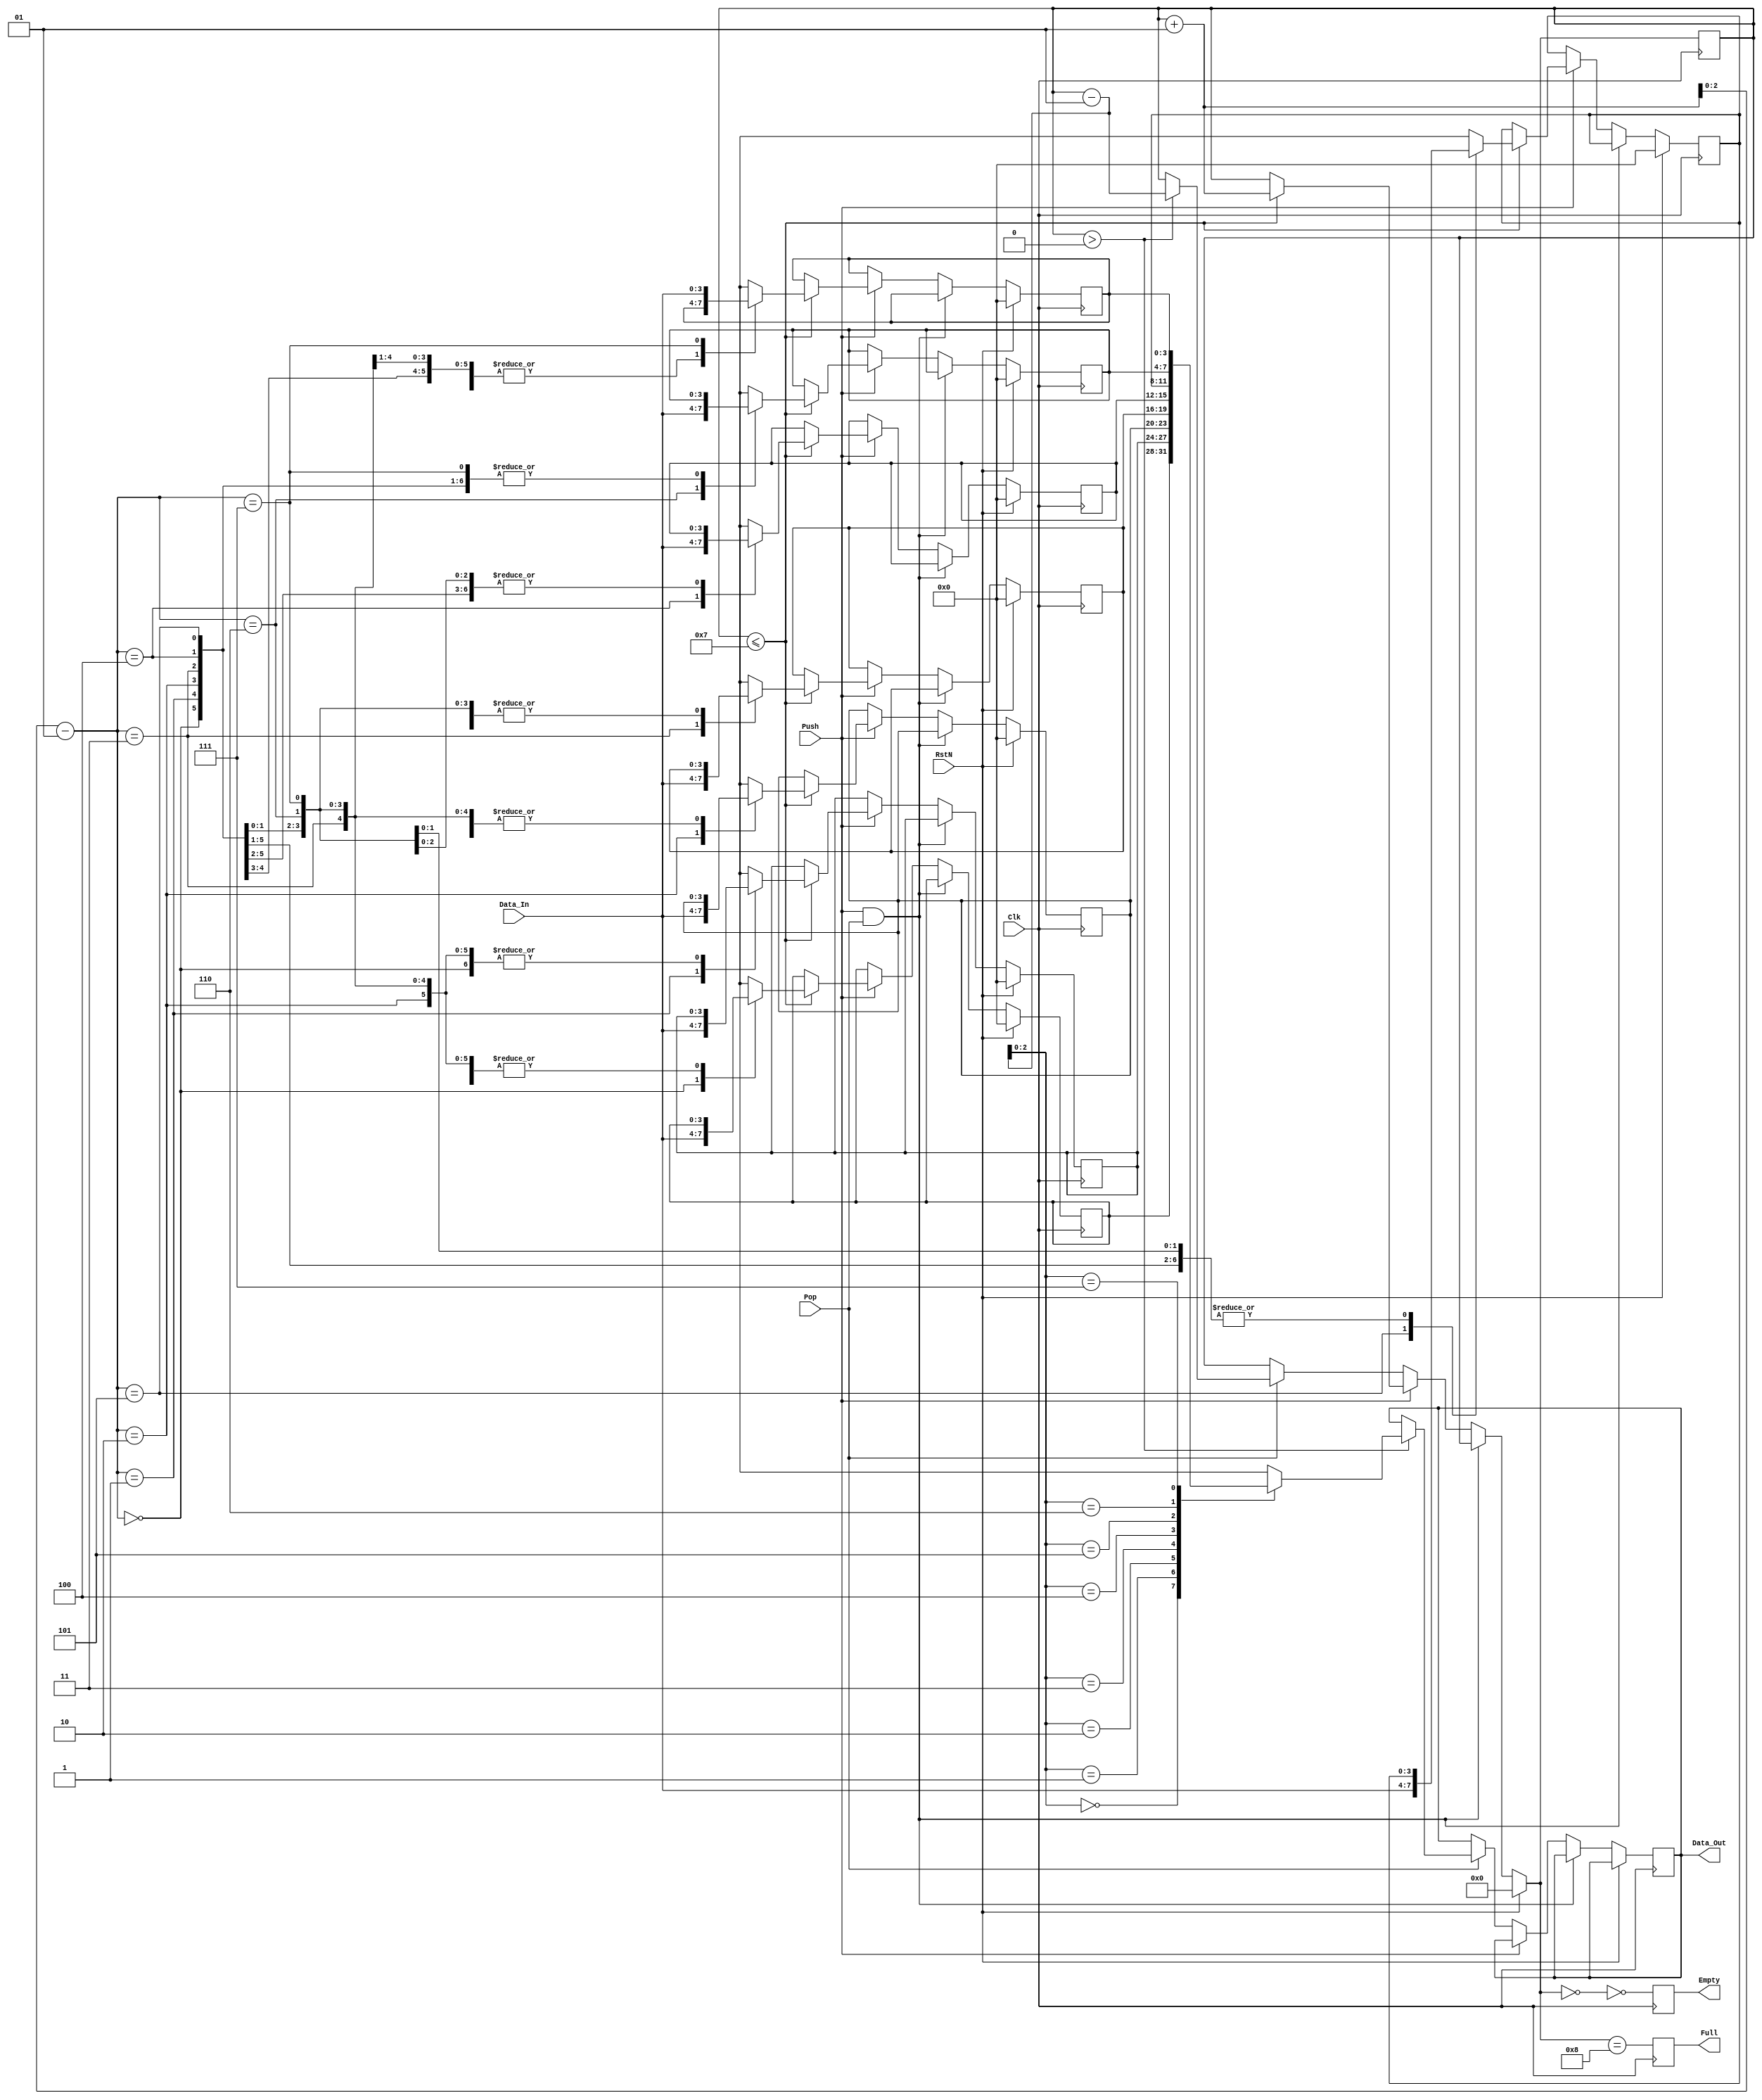
module stack (Clk, RstN, Data_In, Push, Pop, Data_Out, Full, Empty);
    input Clk, RstN, Push, Pop;
    input [3:0] Data_In;
    output reg Full, Empty; 
    output reg [3:0] Data_Out;
    
    reg[3:0] memory[7:0];
    integer index = 0;
    integer i;
    always @(posedge Clk) begin
        if(RstN) begin
            for (i = 0; i < 8 ; i = i + 1) begin
                memory[i] <= 0;
            end
            index = 0;
            Empty = 0;
            Full = 0;
        end
        else begin
            if(Push && Pop) begin
            //do nothing
            end
            else if(Push) begin
                if(index <= 7) begin
                    index = index + 1;
                    memory[index - 1] = Data_In;
                end
            end
            else if(Pop) begin
                if(index > 0) begin
                    Data_Out = memory[index - 1];
                    index = index - 1;
                end
            end
        end
    Full = (index == 8);
    Empty = !(index == 0);
    end
endmodule